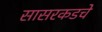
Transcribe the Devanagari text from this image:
सासरकडचे